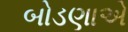
બોડણાએ